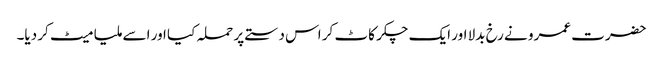
حضرت عمرو نے رخ بدلا اور ایک چکر کاٹ کر اس دستے پر حملہ کیا اور اسے ملیا میٹ کر دیا۔